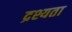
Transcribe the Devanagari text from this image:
द्रश्यता